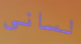
لساني